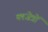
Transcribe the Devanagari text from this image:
क्श्जेत्रों